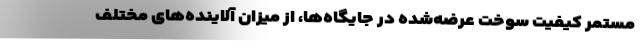
مستمر کیفیت سوخت عرضه‌شده در جایگاه‌ها، از میزان آلاینده‌های مختلف